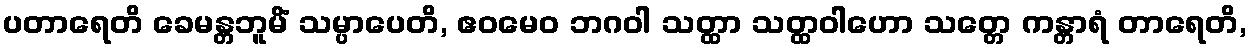
ပတာရေတိ ခေမန္တဘူမိံ သမ္ပာပေတိ, ဧဝမေဝ ဘဂဝါ သတ္ထာ သတ္ထဝါဟော သတ္တေ ကန္တာရံ တာရေတိ,